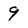
Character: 9